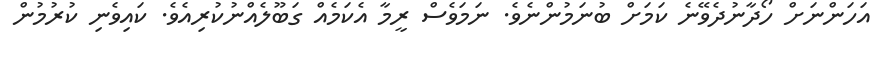
އަހަންނަށް ހޯދާނުދެވޭނެ ކަމަށް ބުނަމުންނެވެ. ނަމަވެސް ރީމާ އެކަމެއް ގަބޫލެއްނުކުރިއެވެ. ކައިވެނި ކުރުމުން